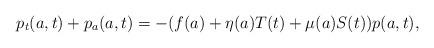
LaTeX: \begin{align*}p_t(a,t)+p_a(a,t)=-(f(a)+\eta(a)T(t)+\mu(a)S(t))p(a,t),\end{align*}